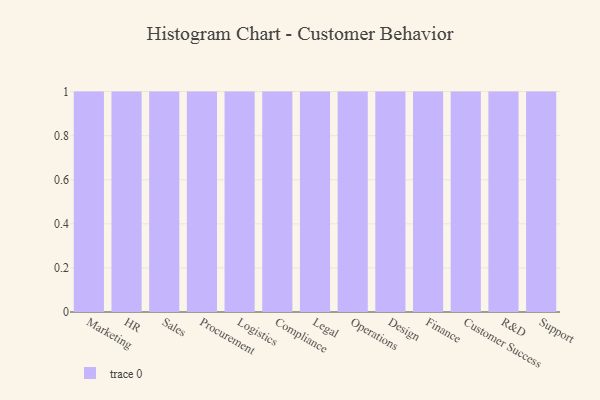
{"axis": {"x": "Department", "y": "Temperature (°C)"}, "legend": [""], "data": [{"x": "Marketing", "y": 49, "type": ""}, {"x": "HR", "y": 97, "type": ""}, {"x": "Sales", "y": 37, "type": ""}, {"x": "Procurement", "y": 18, "type": ""}, {"x": "Logistics", "y": 76, "type": ""}, {"x": "Compliance", "y": 16, "type": ""}, {"x": "Legal", "y": 78, "type": ""}, {"x": "Operations", "y": 23, "type": ""}, {"x": "Design", "y": 1, "type": ""}, {"x": "Finance", "y": 40, "type": ""}, {"x": "Customer Success", "y": 99, "type": ""}, {"x": "R&D", "y": 62, "type": ""}, {"x": "Support", "y": 59, "type": ""}]}